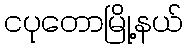
ငပုတောမြို့နယ်